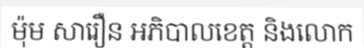
ម៉ុម សារឿន អភិបាលខេត្ត និងលោក